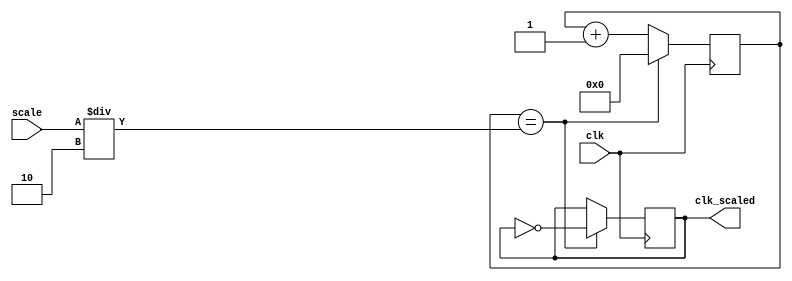
`timescale 1ns / 1ps

module clk_scale(clk, scale, clk_scaled);
	input clk;
    input [26:0] scale;
	output reg clk_scaled;
	
	reg [31:0] cnt;
	
	initial begin
		cnt <= 0;
		clk_scaled <= 0;
	end
	
	always @ (posedge clk) begin
        if (cnt == (scale/2)) begin
			cnt <= 0;
			clk_scaled = !clk_scaled;
		end
		else cnt <= cnt + 1;
	end
endmodule